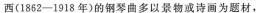
西(1862-1918年)的钢琴曲多以景物或诗画为题材，